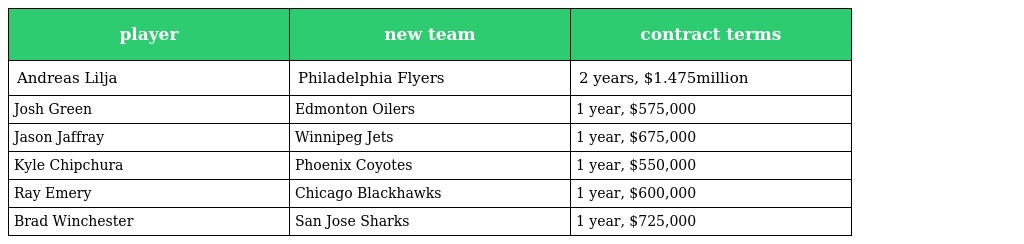
| player | new team | contract terms |
 | --- | --- | --- |
 | Andreas Lilja | Philadelphia Flyers | 2 years, $1.475million |
 | Josh Green | Edmonton Oilers | 1 year, $575,000 |
 | Jason Jaffray | Winnipeg Jets | 1 year, $675,000 |
 | Kyle Chipchura | Phoenix Coyotes | 1 year, $550,000 |
 | Ray Emery | Chicago Blackhawks | 1 year, $600,000 |
 | Brad Winchester | San Jose Sharks | 1 year, $725,000 |